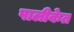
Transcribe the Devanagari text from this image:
पालीकेत